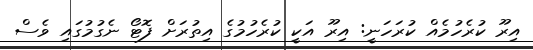
އިރޫ ކުރެހުމެއް ކުރަހަނީ: އިރޫ އަކީ ކުރެހުމުގެ އިތުރަށް ފޮޓޯ ނެގުމުގައި ވެސް